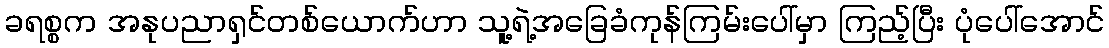
ခရစ္စက အနုပညာရှင်တစ်ယောက်ဟာ သူ့ရဲ့အခြေခံကုန်ကြမ်းပေါ်မှာ ကြည့်ပြီး ပုံပေါ်အောင်